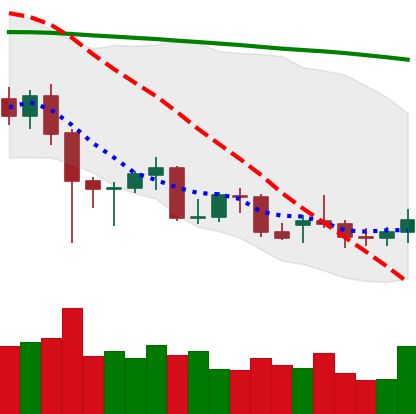
Ticker: XMR-USD
Chart end date: 2021-12-20
Forward return: 11.886%
Label: up_7plus